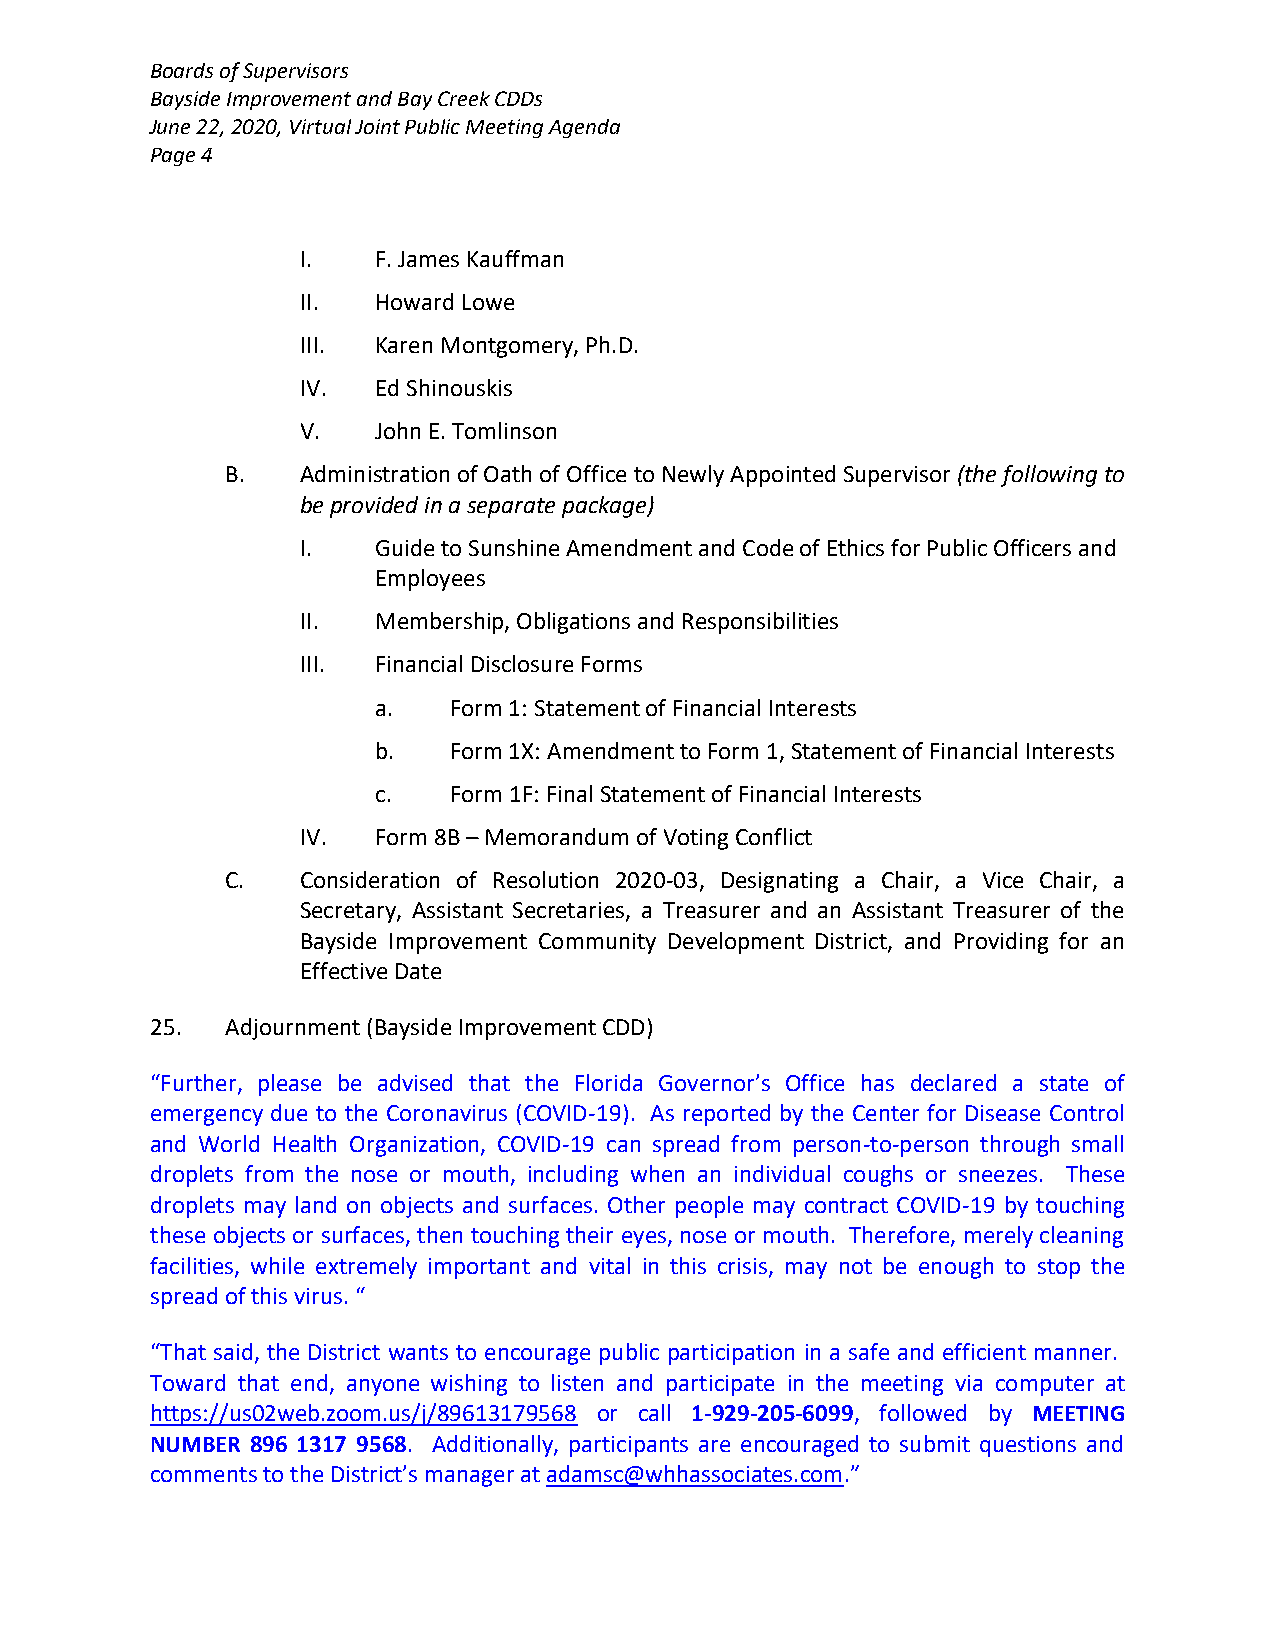
Boards of Supervisors
 Bayside Improvement and Bay Creek CDDs
 June 22, 2020, Virtual Joint Public Meeting Agenda
 Page 4
 I.   F. James Kauffman
 II.  Howard Lowe
 III. Karen Montgomery, Ph.D.
 IV.  Ed Shinouskis
 V.   John E. Tomlinson
 B.   Administration of Oath of Office to Newly Appointed Supervisor (the following to
 be provided in a separate package)
 I.   Guide to Sunshine Amendment and Code of Ethics for Public Officers and
 Employees
 II.  Membership, Obligations and Responsibilities
 III. Financial Disclosure Forms
 a.   Form 1: Statement of Financial Interests
 b.   Form 1X: Amendment to Form 1, Statement of Financial Interests
 c.   Form 1F: Final Statement of Financial Interests
 IV.  Form 8B – Memorandum of Voting Conflict
 C.   Consideration of Resolution 2020-03, Designating a Chair, a Vice Chair, a
 Secretary, Assistant Secretaries, a Treasurer and an Assistant Treasurer of the
 Bayside Improvement Community Development District, and Providing for an
 Effective Date
 25.  Adjournment (Bayside Improvement CDD)
 “Further, please be advised that the Florida Governor’s Office has declared a state of
 emergency due to the Coronavirus (COVID-19). As reported by the Center for Disease Control
 and World Health Organization, COVID-19 can spread from person-to-person through small
 droplets from the nose or mouth, including when an individual coughs or sneezes. These
 droplets may land on objects and surfaces. Other people may contract COVID-19 by touching
 these objects or surfaces, then touching their eyes, nose or mouth. Therefore, merely cleaning
 facilities, while extremely important and vital in this crisis, may not be enough to stop the
 spread of this virus. “
 “That said, the District wants to encourage public participation in a safe and efficient manner.
 Toward that end, anyone wishing to listen and participate in the meeting via computer at
 https://us02web.zoom.us/j/89613179568 or call 1-929-205-6099, followed by MEETING
 NUMBER 896 1317 9568. Additionally, participants are encouraged to submit questions and
 comments to the District’s manager at adamsc@whhassociates.com.”